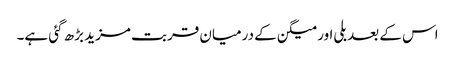
اس کے بعد بلی اور میگن کے درمیان قربت مزید بڑھ گئی ہے۔